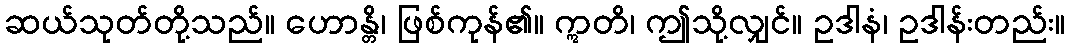
ဆယ်သုတ်တို့သည်။ ဟောန္တိ၊ ဖြစ်ကုန်၏။ ဣတိ၊ ဤသို့လျှင်။ ဥဒါနံ၊ ဥဒါန်းတည်း။